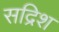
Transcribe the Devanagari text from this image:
सद्रिश